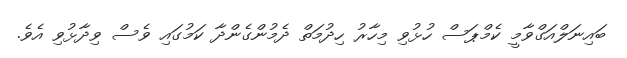
ބައިނަލްއަގްވާމީ ކެމްޕަސް ހުޅުވި މިހާރު ހިދުމަތް ދެމުންގެންދާ ކަމުގައި ވެސް ވިދާޅުވި އެވެ.